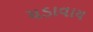
ચડાવાય